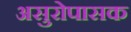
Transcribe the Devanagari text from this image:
असुरोपासक